Vaccination report Assam 1874-1896 - 1874-1896
Year: 1874
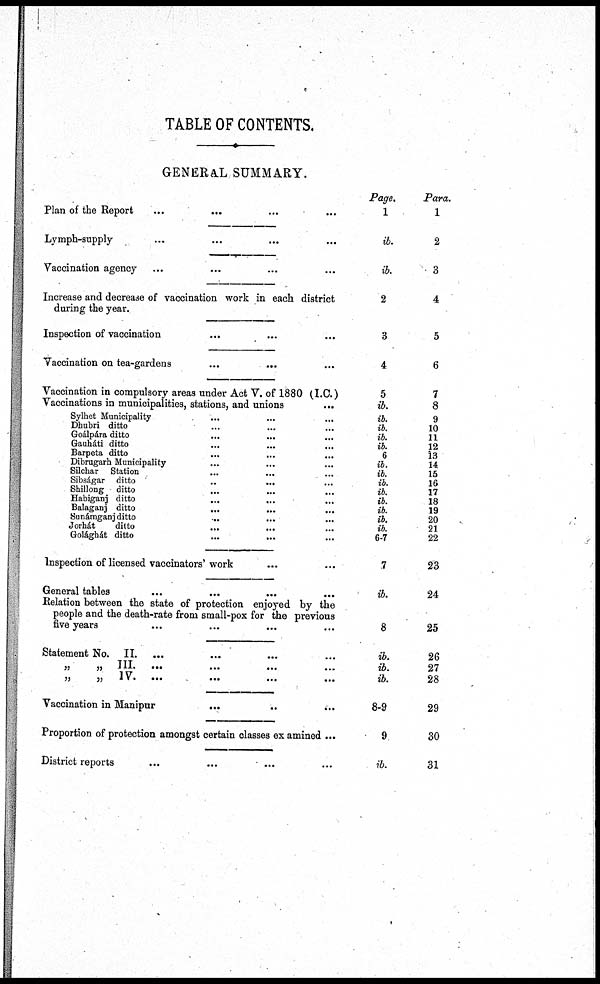
TABLE OF CONTENTS.
GENERAL SUMMARY.
Plan of the Report ... ... ... ...
Lymph-supply ... ... ... ...
Vaccination agency ... ... ... ...
Increase and decrease of vaccination work in each district
during the year.
Inspection of vaccination
...
...
... ...
Vaccination on tea-gardens
...
... ... ...
Vaccination in compulsory areas under Act V. of 1880 (I.C.)
Vaccinations in municipalities, stations, and unions
...
Sylhet Municipality ... ... ...
Dhubri ditto ... ... ...
Goálpára ditto ... ... ... ...
Gauháti ditto
...
... ... ...
Barpeta ditto
...
... ... ...
Dibrugarh Municipality ... ... ... ...
Silchar Station ... ... ...
Sibságar ditto
..
... ... ...
Shillong ditto ... ... ... ...
Habiganj ditto
...
... ... ...
Balaganj ditto
...
...
... ...
Sunámganj ditto ... ... ... ...
Jorhát
ditto
...
... ... ...
Golághát ditto ... ... ... ...
Inspection of licensed vaccinators' work ... ...
General tables
...
...
...
...
Relation between the state of protection enjoyed by the
people and the death-rate from small-pox for the previous
five years
...
...
...
...
Statement No. II. ... ... ... ...
„
„
III.
...
...
...
...
„
„
IV.
...
...
...
...
Vaccination in Manipur
...
..
... ...
Proportion of protection amongst certain classes examined ...
District reports ... ... ... ...
Page,
1
ib.
ib.
2
3
4
5
ib.
ib.
ib.
ib.
ib.
6
ib.
ib.
ib.
ib.
ib.
ib.
ib.
ib.
6-7
7
ib.
8
ib.
ib.
ib.
8-9
9
ib.
Para.
1
2
3
4
5
6
7
8
9
10
11
12
13
14
15
16
17
18
19
20
21
22
23
24
25
26
27
28
29
30
31